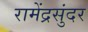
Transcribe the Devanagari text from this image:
रामेंद्रसुंदर